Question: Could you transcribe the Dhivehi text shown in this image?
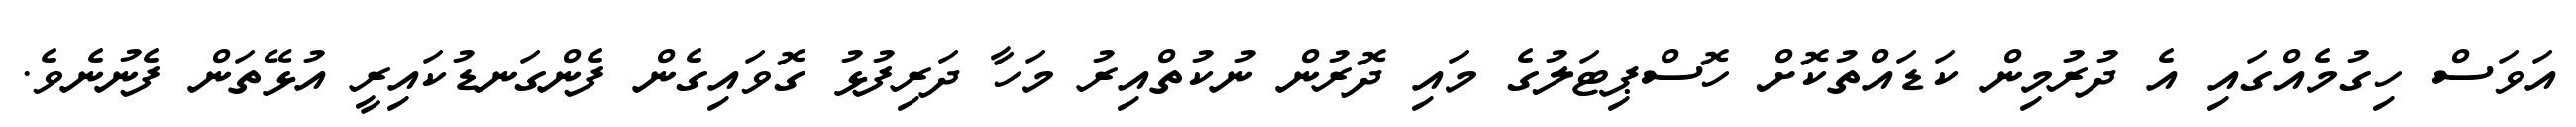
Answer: އަވަސް ހިގުމެއްގައި އެ ދުރުމިން ކަޑައްތުކޮށް ހޮސްޕިޓަލުގެ މައި ދޮރުން ނުކުތްއިރު މަހާ ދަރިފުޅު ގޮވައިގެން ފެންގަނޑުކައިރީ އުޅޭތަން ފެނުނެވެ.